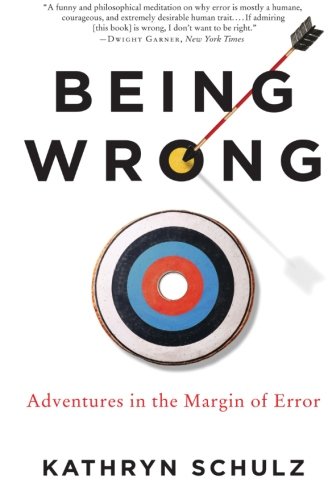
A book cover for Being Wrong: Adventures in the Margin of Error; Kathryn Schulz; Health, Fitness & Dieting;